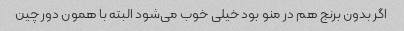
اگر بدون برنج هم در منو بود خیلی خوب می‌شود البته با همون دور چین